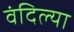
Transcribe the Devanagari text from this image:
वंदिल्या